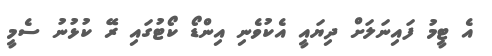
އެ ޓީމު ފައިނަލަށް ދިޔައީ އެކުވެނި އިންޑޯ ކޯޓުގައި ރޭ ކުޅުނު ސެމީ